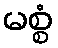
မစ္စံ